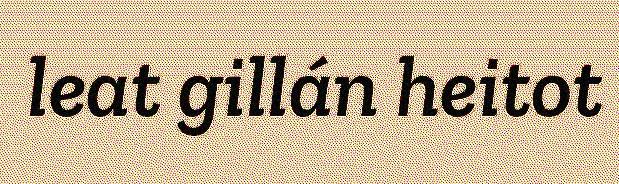
leat gillán heitot